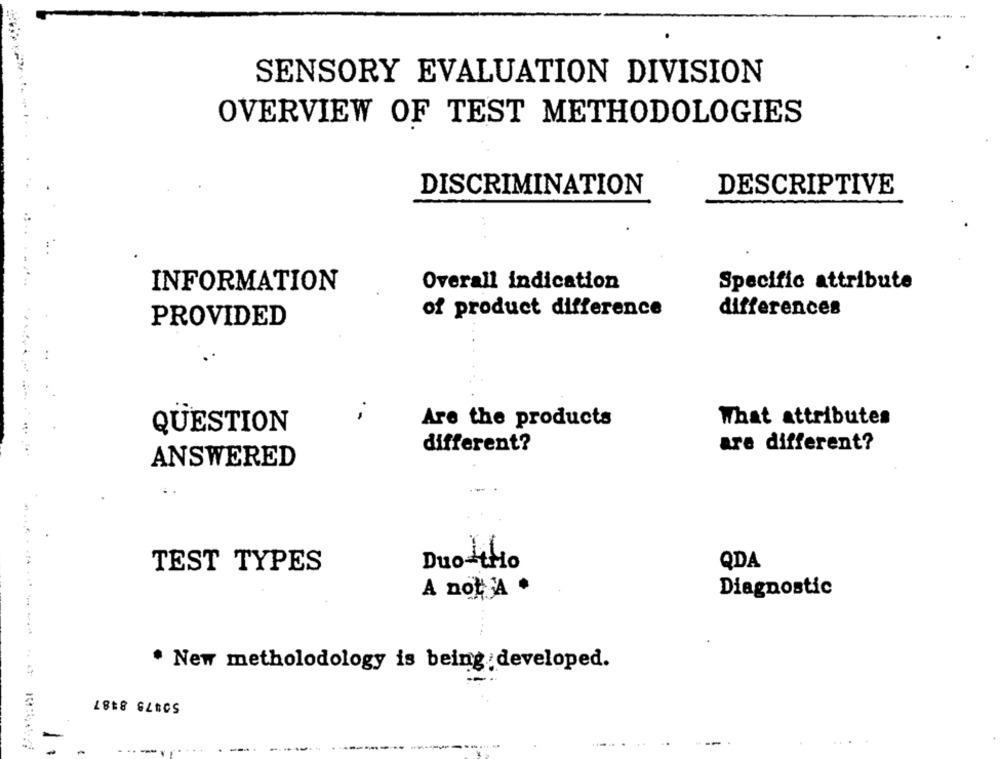
SENSORY EVALUATION DIVISION
OVERVIEW OF TEST METHODOLOGIES
DISCRIMINATION
DESCRIPTIVE
....
INFORMATION
Overall indication
Specific attribute
differences
of product difference
PROVIDED
Are the products
What attributes
QUESTION
different?
are different?
ANSWERED
TEST TYPES
Duo-tho
QDA
A not A *
Diagnostic
* New metholodology is being developed.
50875 8487
-